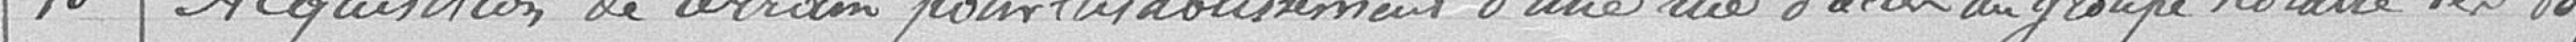
10. Acquisition de terrain pour l'établissement d'une rue d'accès au groupe scolaire des Vosges